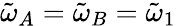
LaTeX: \tilde{\omega}_{A}=\tilde{\omega}_{B}=\tilde{\omega}_{1}